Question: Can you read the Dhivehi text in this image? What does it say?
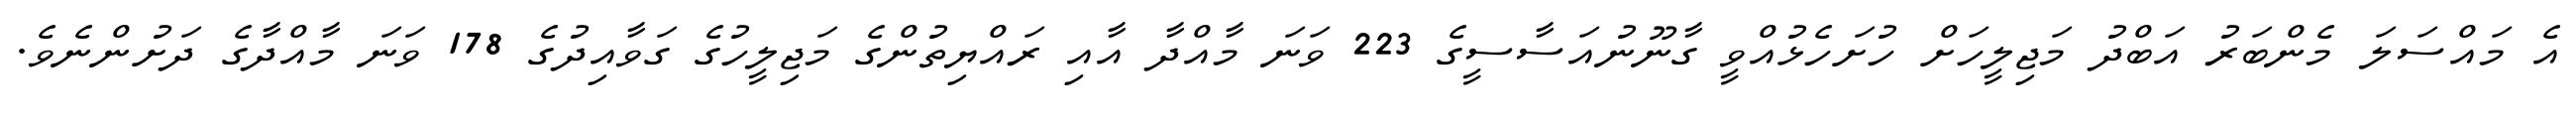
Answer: އެ މައްސަލަ މެންބަރު އަބްދު މަޖިލީހަށް ހުށަހެޅުއްވީ ގާނޫނުއަސާސީގެ 223 ވަނަ މާއްދާ އާއި ރައްޔިތުންގެ މަޖިލީހުގެ ގަވާއިދުގެ 178 ވަނަ މާއްދާގެ ދަށުންނެވެ.